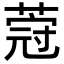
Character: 𦵤